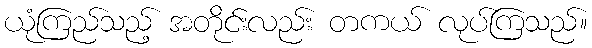
ယုံကြည်သည့် အတိုင်းလည်း တကယ် လုပ်ကြသည်။